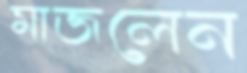
মাজলেন